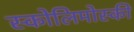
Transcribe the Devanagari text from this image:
स्कोलिमोस्की